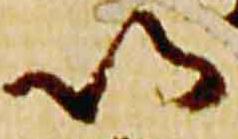
以